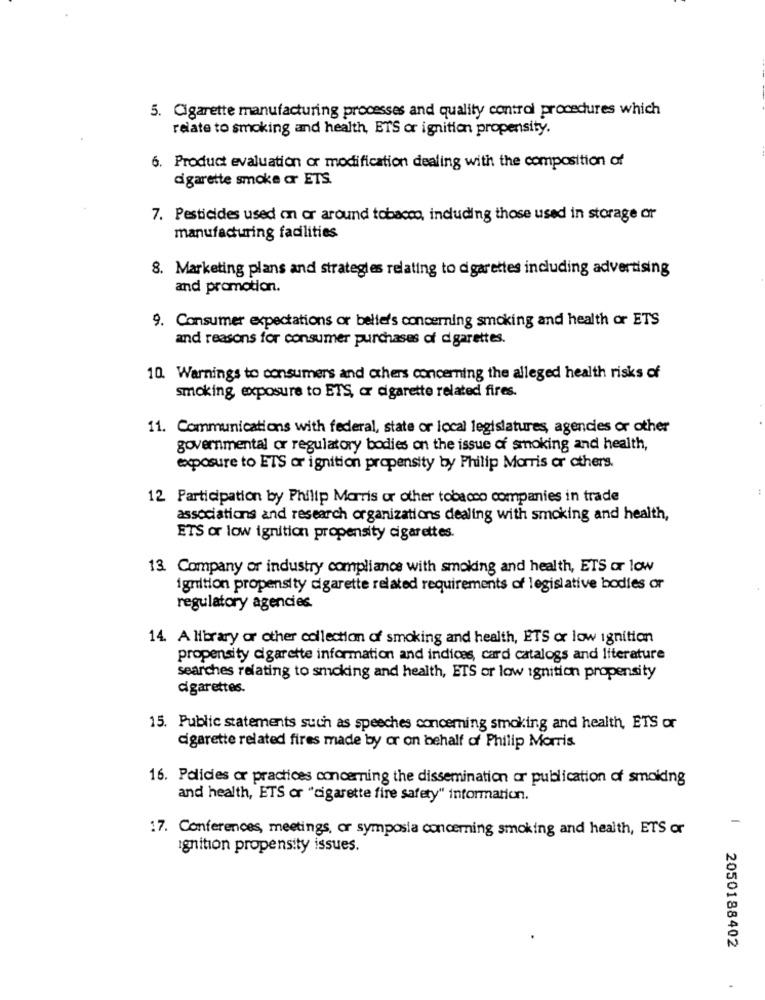
5. Cigarette manufacturing processes and quality control procedures which
relate to smoking and health, ETS or ignition propensity.
6. Product evaluation or modification dealing with the composition of
cigarette smoke or ETS.
7. Pesticides used on or around tobacco, including those used in storage or
manufacturing facilities
8. Marketing plans and strategies relating to cigarettes including advertising
and promotion.
9. Consumer expectations or bellers concerning smoking and health or ETS
and reasons for consumer purchases of d garettes.
10. Warnings to consumers and others concerning the alleged health risks of
smoking exposure to ETS, a cigarette related fires.
11. Communications with federal, state or local legislatures, agencies or other
governmental or regulatory bodies on the issue of smoking and health,
exposure to ETS or ignition propensity by Philip Morris or others.
12 Participation by Philip Morris or other tobacco companies in trade
associations and research organizations dealing with smoking and health,
ETS or low ignition propensity cigarettes.
13. Company or industry compliance with smoking and health, ETS or low
ignition propensity cigarette related requirements of legislative bodies or
regulatory agencies.
14. A library or other collection of smoking and health, ETS or low ignition
propensity cigarette information and indices, card catalogs and literature
searches relating to smoking and health, ETS or low ignition propensity
cigarettes.
15. Public statements such as speeches concerning smoking and health, ETS or
cigarette related fires made by or on behalf of Philip Morris
16. Policies or practices concerning the dissemination or publication of smoking
and health, ETS or "cigarette fire safety" information.
17. Conferences, meetings, or symposia concerning smoking and health, ETS or
ignition propensity issues.
2050188402